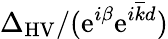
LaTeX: \Delta_{\mathrm{HV}}/(\mathrm{e}^{i\beta}\mathrm{e}^{i\overline{{k}}d})